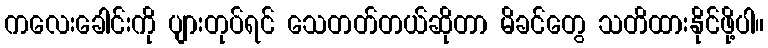
ကလေးခေါင်းကို ပျားတုပ်ရင် သေတတ်တယ်ဆိုတာ မိခင်တွေ သတိထားနိုင်ဖို့ပါ။